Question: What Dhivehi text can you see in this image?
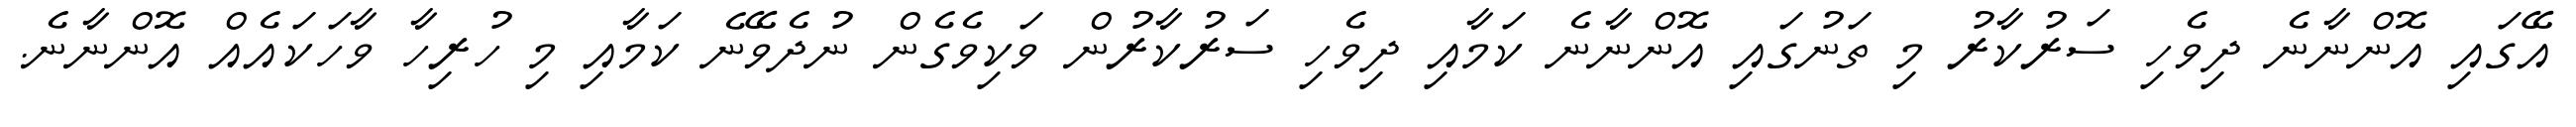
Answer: އޭގައި އޮންނާނެ ދިވެހި ސަރުކާރު މި ތަނުގައި އޮންނާނެ ކަމާއި ދިވެހި ސަރުކާރުން ވަކިވެގެން ނުދެވޭނެ ކަމާއި މި ހުރިހާ ވާހަކައެއް އޮންނާނެ.